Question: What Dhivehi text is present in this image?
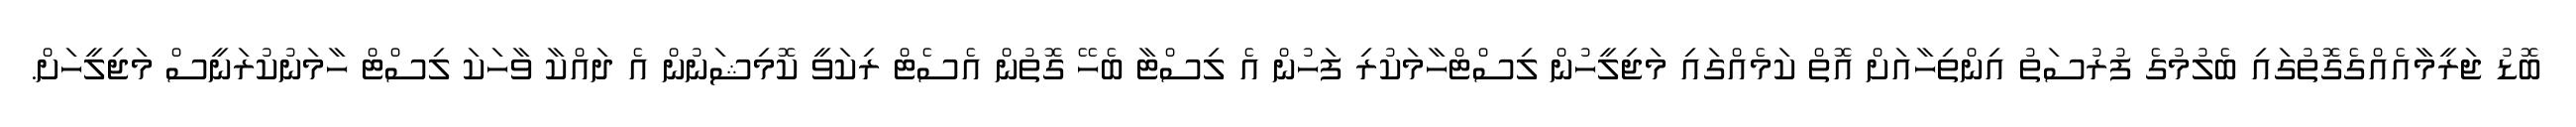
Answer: ބޮޑު ޖަރީމާއެއްގެގޮތުގައި ބެލުމުގެ ފުރުސަތު އިންތިހާއަށް އޮތް ކަމެއްގައި މަޖިލީހުން ލިސްޓްހާމަކުރި ފަހުން އެ ލިސްޓާ ބެހޭ ގޮތުން އެސެޓް ރިކަވީ ކޮމިޝަނުން އެ ދައްކާ ވާހަކަ ލިސްޓް ހާމަނުކުރަނީސް މަޖިލީހަށް.